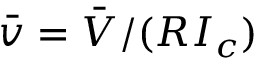
\bar { v } = \bar { V } / ( R I _ { c } )